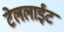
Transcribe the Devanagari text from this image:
टेललाईट